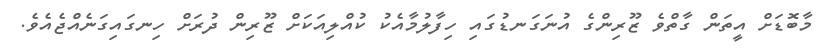
މާބޮޑަށް އީތަން ގާތްވެ ޒޫރިންގެ އުނަގަނޑުގައި ހިފާލުމާއެކު ކުއްލިއަކަށް ޒޫރިން ދުރަށް ހިނގައިގަނެއްޖެއެވެ.